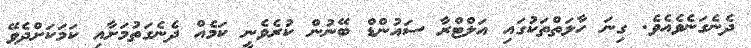
ދެނެގަނެވެއެވެ. ގިނަ ހާލަތްތަކުގައި އަލްޓްރާ ސައުންޑް ބޭނުން ކުރެވެނީ ކަމެއް ދެނެގަތުމަށާއި ކަމަކަށްދެވޭ